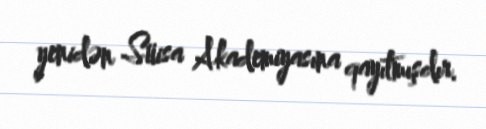
yenidən Süisa Akademiyasına qayıtmışdır.